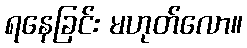
ရနေခြင်း မဟုတ်လော။